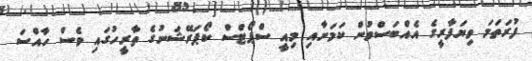
ފުރަތަމަ ވިޔަފާރީގެ އެއްބަސްވުން ކަމަށާއި މިއީ ސްޕޯޓްސް ކޯޕަރޭޝަނުގެ ތާރީހުގައި ވެސް ހާއްސަ